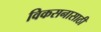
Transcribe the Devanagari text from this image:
विकसनासाठी